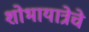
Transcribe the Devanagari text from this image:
शोभायात्रेचे